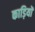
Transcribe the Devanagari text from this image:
काड़ियों